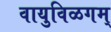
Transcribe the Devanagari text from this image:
वायुविळगम्